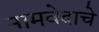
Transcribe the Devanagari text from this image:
नामवेदाचे